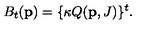
B _ { t } ( { \bf p } ) = \{ \kappa Q ( { \bf p } , J ) \} ^ { t } .